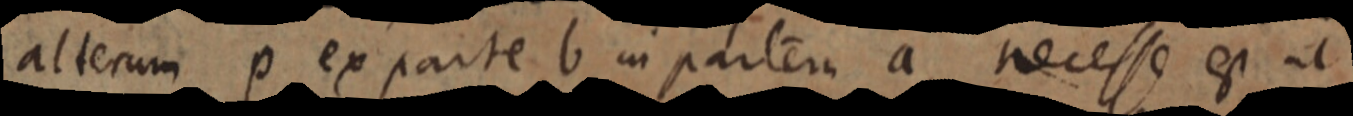
alterum p ex parte b in partem a necesse est ut